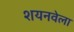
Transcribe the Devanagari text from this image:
शयनवेला